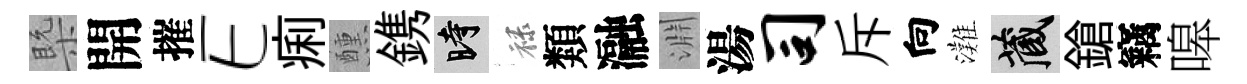
槩開摧E痢醺鎸时禄類瀜淵湯司斥向灘藏鎗竊嗥